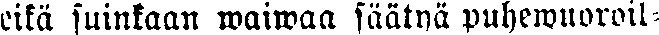
eikä suinkaan waiwaa säätyä puhewuoroil-